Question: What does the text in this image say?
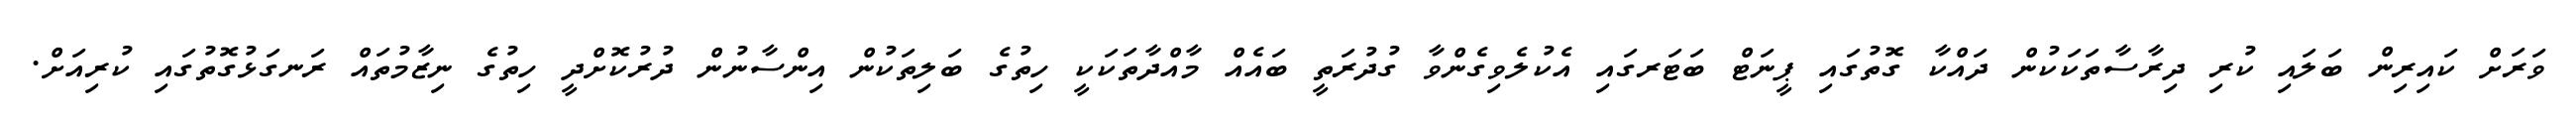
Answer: ވަރަށް ކައިރިން ބަލައި ކުރި ދިރާސާތަކަކުން ދައްކާ ގޮތުގައި ޕީނަޓް ބަޓަރގައި އެކުލެވިގެންވާ ގުދުރަތީ ބައެއް މާއްދާތަކަކީ ހިތުގެ ބަލިތަކުން އިންސާނުން ދުރުކޮށްދީ ހިތުގެ ނިޒާމުތައް ރަނގަޅުގޮތުގައި ކުރިއަށް.